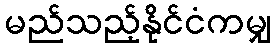
မည်သည့်နိုင်ငံကမျှ